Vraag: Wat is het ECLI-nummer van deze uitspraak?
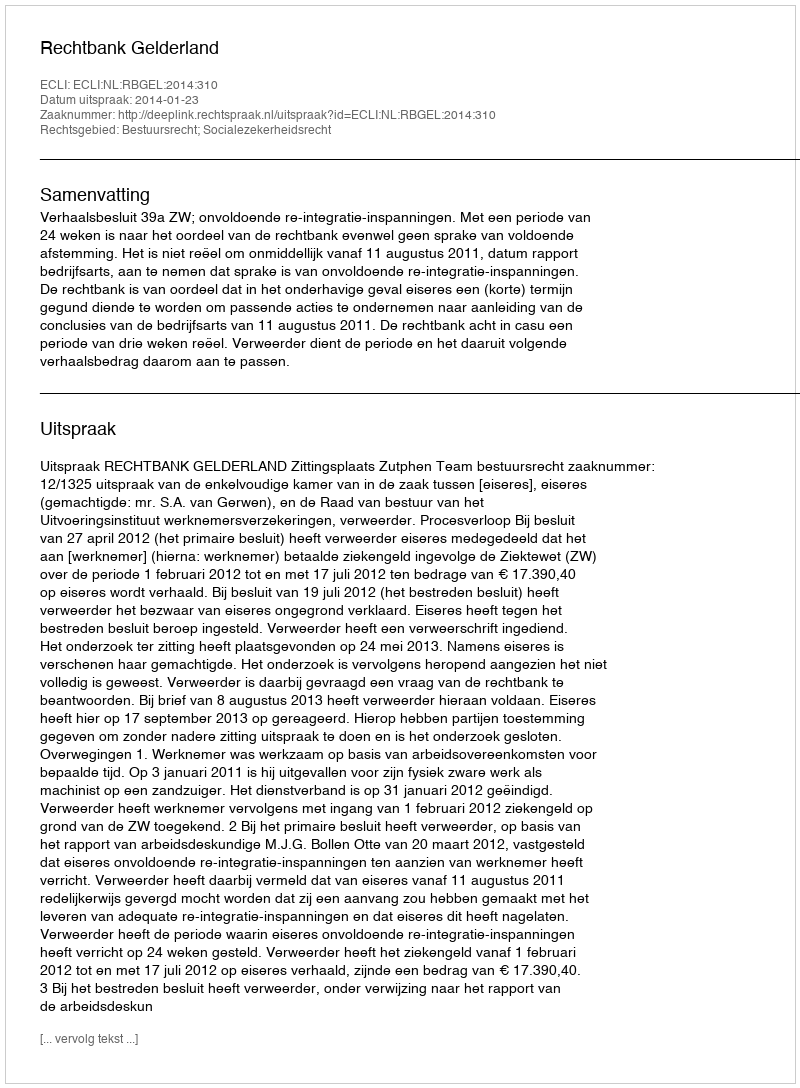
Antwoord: ECLI:NL:RBGEL:2014:310